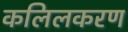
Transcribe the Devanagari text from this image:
कलिलकरण